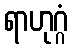
ရာဟုဂ္ဂံ